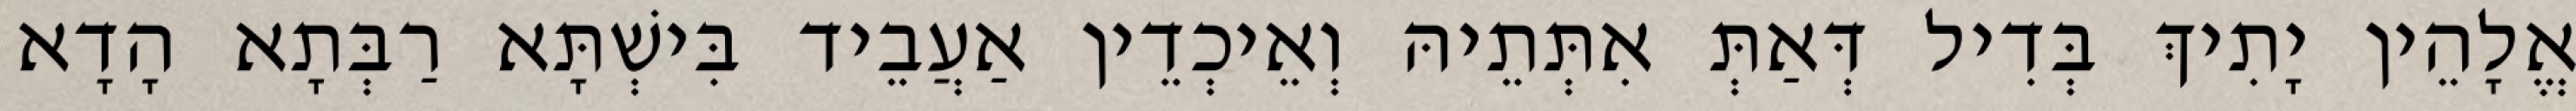
אֱלָהֵין יָתִיךְ בְּדִיל דְּאַתְּ אִתְּתֵיהּ וְאֵיכְדֵין אַעֲבֵיד בִּישְׁתָּא רַבְּתָא הָדָא